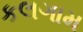
કલગામ